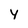
Character: Y